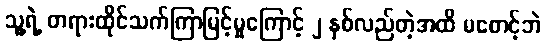
သူ့ရဲ့ တရားထိုင်သက်ကြာမြင့်မှုကြောင့် ၂ နှစ်လည်တဲ့အထိ မစောင့်ဘဲ